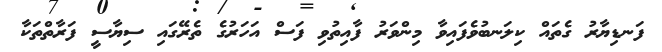
ފަނޑިޔާރު ގެތައް ކިލަނބުވެފައިވާ މިންވަރު ފާއިތުވި ފަސް އަހަރުގެ ތެރޭގައި ސިޔާސީ ފަރާތްތަކާ